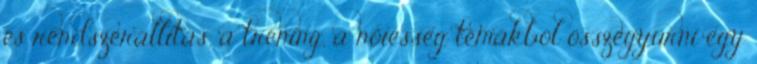
és rendszerállítás, a tréning, a nőiesség témákból összegyúrni egy